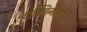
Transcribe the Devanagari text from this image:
वाक्सिनोलोजि